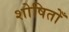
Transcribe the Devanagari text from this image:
शोषितोँ